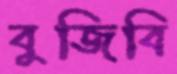
বুজিবি